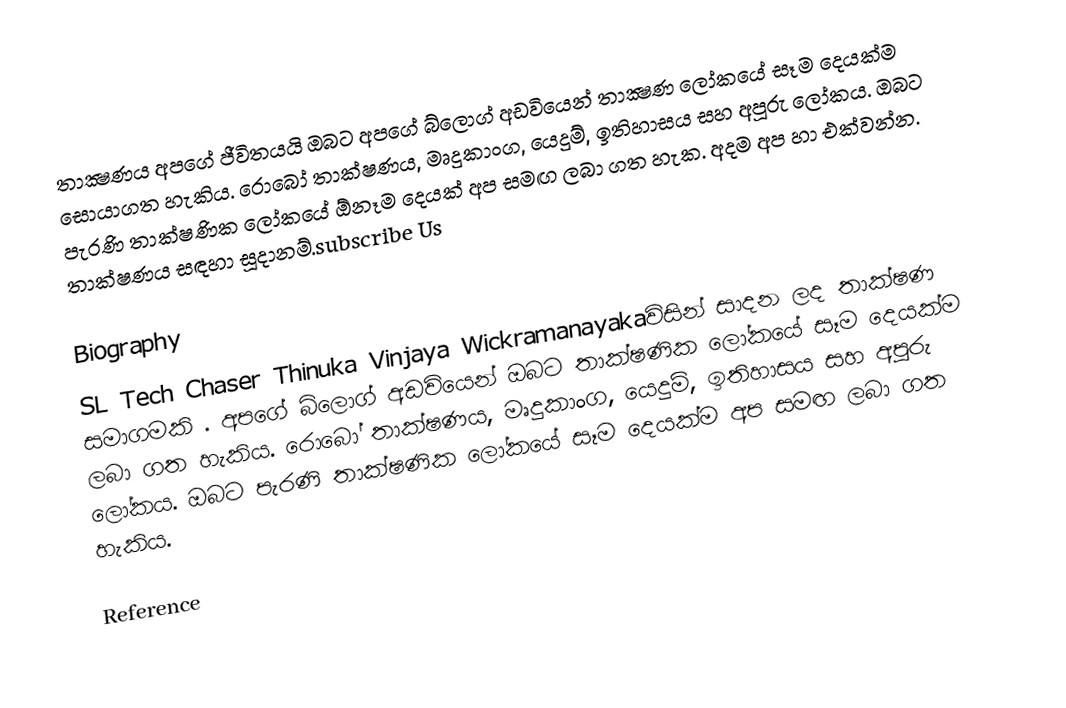
තාක්‍ෂණය අපගේ ජීවිතයයි ඔබට අපගේ බ්ලොග් අඩවියෙන් තාක්‍ෂණ ලෝකයේ සෑම දෙයක්ම සොයාගත හැකිය. රොබෝ තාක්ෂණය, මෘදුකාංග, යෙදුම්, ඉතිහාසය සහ අපූරු ලෝකය. ඔබට පැරණි තාක්ෂණික ලෝකයේ ඕනෑම දෙයක් අප සමඟ ලබා ගත හැක. අදම අප හා එක්වන්න. තාක්ෂණය සඳහා සූදානම්.subscribe Us

Biography
SL Tech Chaser  Thinuka Vinjaya Wickramanayakaවිසින් සාදන ලද තාක්ෂණ සමාගමකි . අපගේ බ්ලොග් අඩවියෙන් ඔබට තාක්ෂණික ලෝකයේ සෑම දෙයක්ම ලබා ගත හැකිය. රොබෝ තාක්ෂණය, මෘදුකාංග, යෙදුම්, ඉතිහාසය සහ අපූරු ලෝකය. ඔබට පැරණි තාක්ෂණික ලෝකයේ සෑම දෙයක්ම අප සමඟ ලබා ගත හැකිය.

Reference